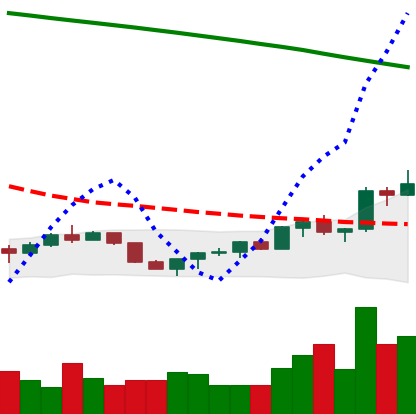
Ticker: EOS-USD
Chart end date: 2022-07-24
Forward return: 8.111%
Label: up_7plus